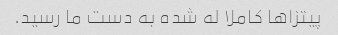
پیتزاها کاملا له شده به دست ما رسید.